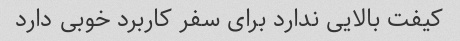
کیفت بالایی ندارد برای سفر کاربرد خوبی دارد